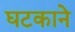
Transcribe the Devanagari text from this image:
घटकाने